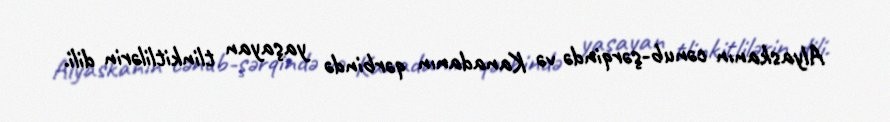
Alyaskanın cənub-şərqində və Kanadanın qərbində yaşayan tlinkitlilərin dili.